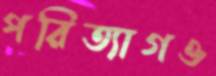
পরিত্যাগও